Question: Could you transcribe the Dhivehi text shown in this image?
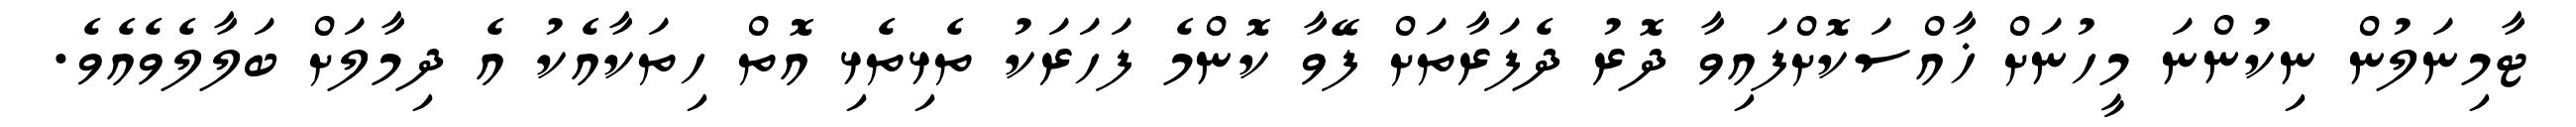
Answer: ޓާމިނަލުން ނިކުންނަ މީހުނަށް ޚާއްސަކޮށްފައިވާ ދޮރު ދެފަރާތަށް ފޭވާ ކޮންމެ ފަހަރަކު ތެޅިތެޅި އޮތް ހިތަކާއެކު އެ ދިމާލަށް ބަލާލެވެއެވެ.